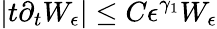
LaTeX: |t\partial_{t}W_{\epsilon}|\le C\epsilon^{\gamma_{1}}W_{\epsilon}